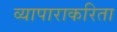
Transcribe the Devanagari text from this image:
व्यापाराकरिता